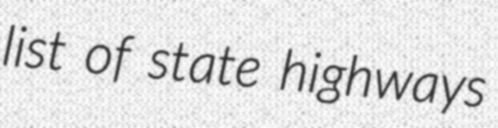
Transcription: list of state highways